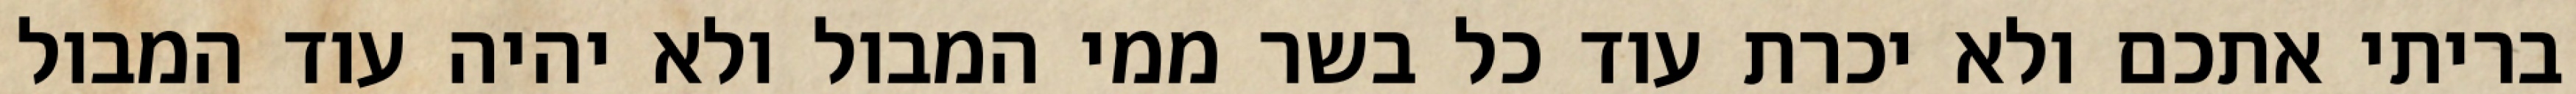
בריתי אתכם ולא יכרת עוד כל בשר ממי המבול ולא יהיה עוד המבול